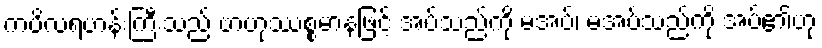
ကပိလရဟန်းကြီးသည် ဗာဟုဿစ္စမာနဖြင့် အပ်သည်ကို မအပ်၊ မအပ်သည်ကို အပ်၏ဟု